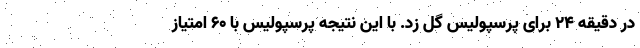
در دقیقه ۲۴ برای پرسپولیس گل زد. با این نتیجه پرسپولیس با ۶۰ امتیاز